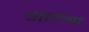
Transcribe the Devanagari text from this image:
आइगो